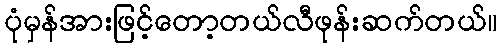
ပုံမှန်အားဖြင့်တော့တယ်လီဖုန်းဆက်တယ်။